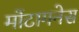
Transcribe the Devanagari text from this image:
मोंटागनेस